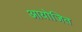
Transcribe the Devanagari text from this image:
आयोजित